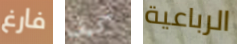
فارغ كيف الرباعية